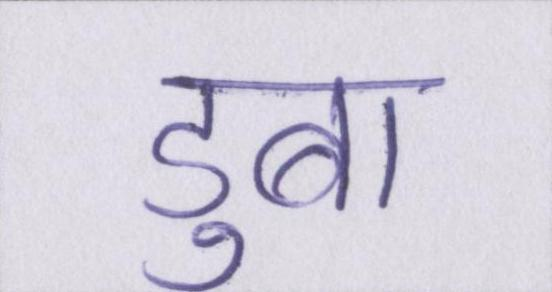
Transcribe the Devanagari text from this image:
डुबा